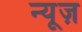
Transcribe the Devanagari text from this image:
न्‍यूज़